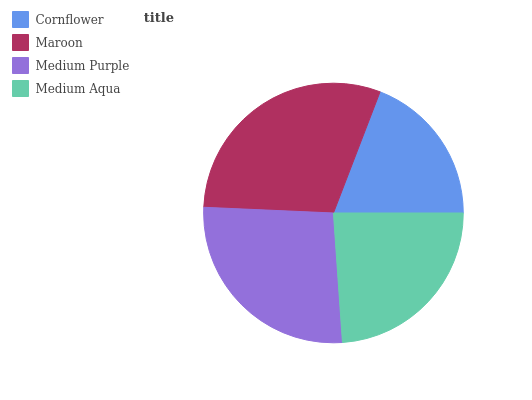
| Cornflower | Maroon | Medium Purple | Medium Aqua |
 | --- | --- | --- | --- |
 | 19.1% | 30.1% | 26.8% | 23.9% |